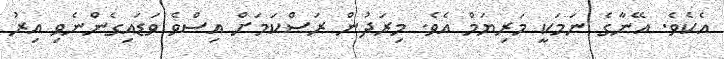
އެކެވެ. އޭނާގެ ނަމަކީ މަރިޔަމް އެވެ. މިރަދުން ރަސްކަމަށް އިސްވެ ވަޑައިގެންނެވި އިރު